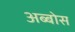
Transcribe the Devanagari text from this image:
अब्बोस